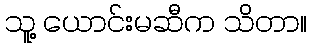
သူ့ ယောင်းမဆီက သိတာ။